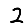
Digit: 2